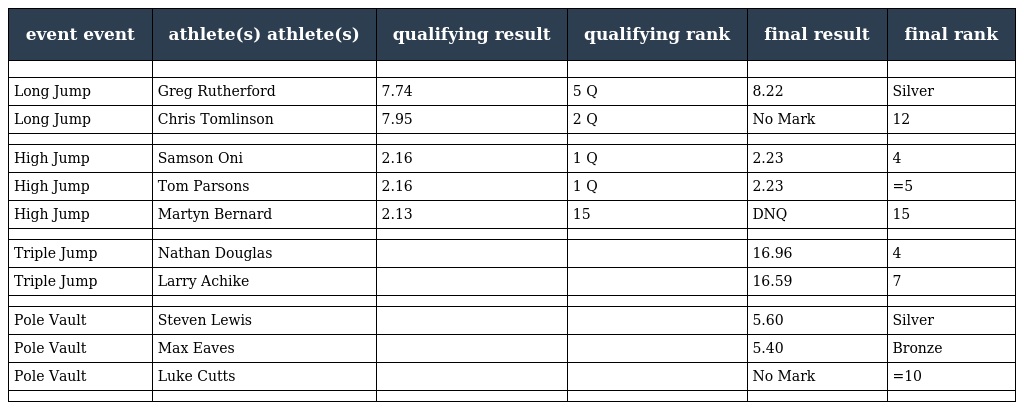
| event event | athlete(s) athlete(s) | qualifying result | qualifying rank | final result | final rank |
 | --- | --- | --- | --- | --- | --- |
 |  |  |  |  |  |  |
 | Long Jump | Greg Rutherford | 7.74 | 5 Q | 8.22 | Silver |
 | Long Jump | Chris Tomlinson | 7.95 | 2 Q | No Mark | 12 |
 |  |  |  |  |  |  |
 | High Jump | Samson Oni | 2.16 | 1 Q | 2.23 | 4 |
 | High Jump | Tom Parsons | 2.16 | 1 Q | 2.23 | =5 |
 | High Jump | Martyn Bernard | 2.13 | 15 | DNQ | 15 |
 |  |  |  |  |  |  |
 | Triple Jump | Nathan Douglas |  |  | 16.96 | 4 |
 | Triple Jump | Larry Achike |  |  | 16.59 | 7 |
 |  |  |  |  |  |  |
 | Pole Vault | Steven Lewis |  |  | 5.60 | Silver |
 | Pole Vault | Max Eaves |  |  | 5.40 | Bronze |
 | Pole Vault | Luke Cutts |  |  | No Mark | =10 |
 |  |  |  |  |  |  |